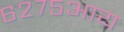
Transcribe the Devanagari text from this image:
६२७५आय